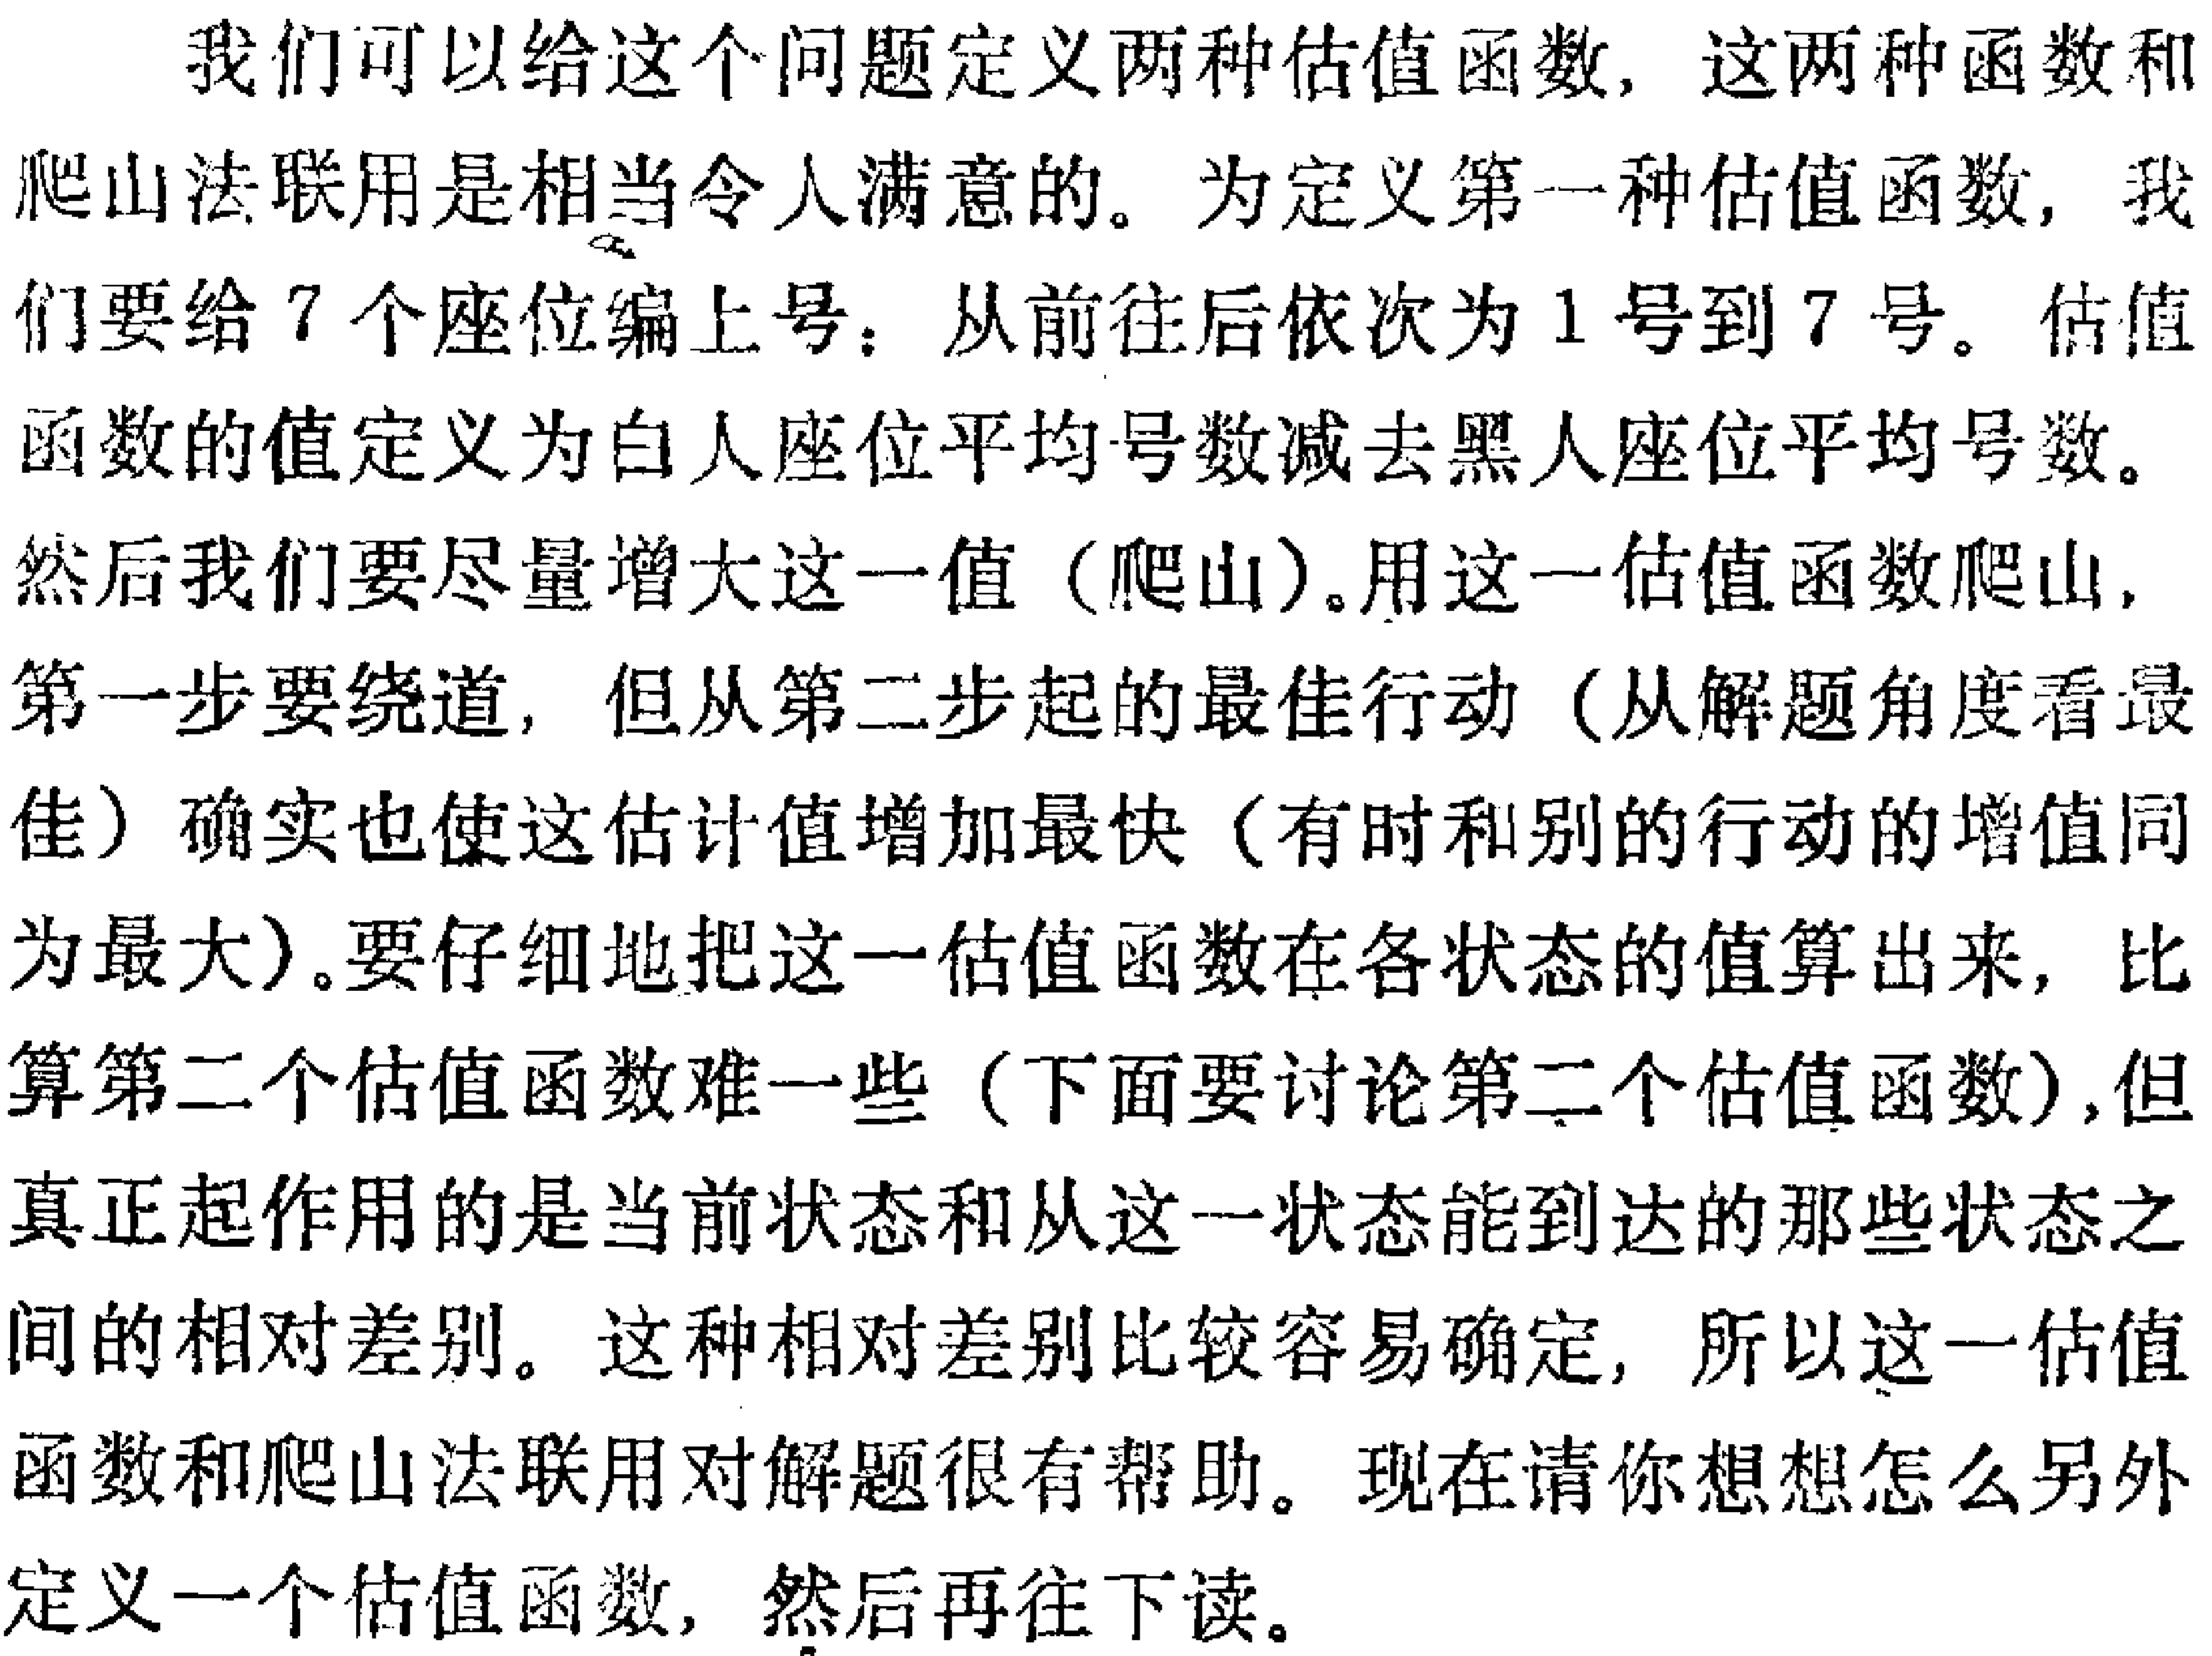
我们可以给这个问题定义两种估值函数, 这两种函数和

爬山法联用是相当令人满意的。为定义第一种估值函数, 我

们要给 7 个座位编上号：从前往后依次为 1 号到 7 号。估值

函数的值定义为白人座位平均号数减去黑人座位平均号数。

然后我们要尽量增大这一值 (爬山)。用这一估值函数爬山,

第一步要绕道, 但从第二步起的最佳行动 (从解题角度看最

佳) 确实也使这估计值增加最快 (有时和别的行动的增值同

为最大)。要仔细地把这一估值函数在各状态的值算出来, 比

算第二个估值函数难一些 (下面要讨论第二个估值函数),但

真正起作用的是当前状态和从这一状态能到达的那些状态之

间的相对差别。这种相对差别比较容易确定, 所以这一估值

函数和爬山法联用对解题很有帮助。现在请你想想怎么另外

定义一个估值函数, 然后再往下读。